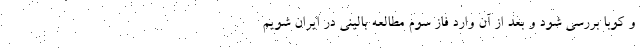
و کوبا بررسی شود و بعد از آن وارد فاز سوم مطالعه بالینی در ایران شویم